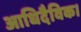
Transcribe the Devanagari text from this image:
आधिदैविक।